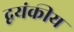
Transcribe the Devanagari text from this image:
द्वयंकीय